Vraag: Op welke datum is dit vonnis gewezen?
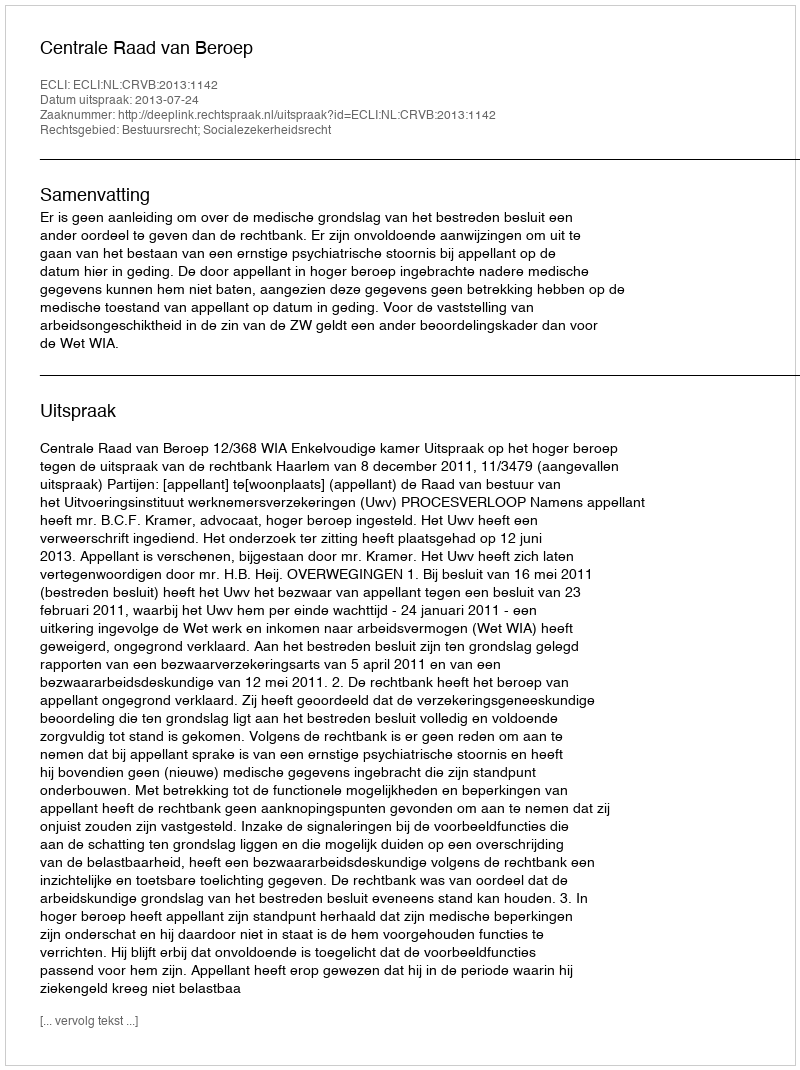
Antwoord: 2013-07-24